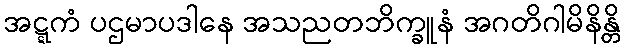
အဋ္ဋကံ ပဌမာပဒါနေ အသညတဘိက္ခူနံ အဂတိဂါမိနိန္တိ